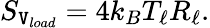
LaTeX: S_{\mathtt{V}_{load}}=4k_{B}T_{\ell}R_{\ell}.